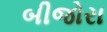
બીજોરા